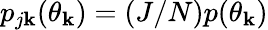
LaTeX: p_{j\mathbf{k}}(\theta_{\mathbf{k}})=(J/N)p(\theta_{\mathbf{k}})